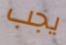
يجب